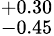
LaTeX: ^{+0.30}_{-0.45}